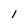
Character: 1